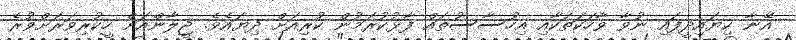
އޭނާ ކިޔައިދީފައި ނުވާ ވާހަކަތަކާއި އިހުސާސުތައް ފާޅުކުރަމުން ކުރިއަށް ދިޔައެވެ. ޖީލާންއަށް ހީކުރިވަރަށްވުރެ